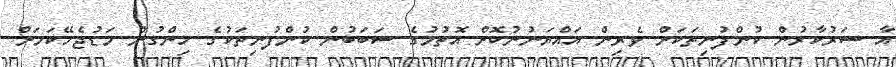
އާ ސަރުކާރުން ކުންފުނިތަކަށް ވެރިން އައްޔަނުނުކޮށް އޮތުމުގެ ސަބަބުން ކުންފުނިތަކުގެ ހިންގުން މަޑުޖެހޭކަމަށް